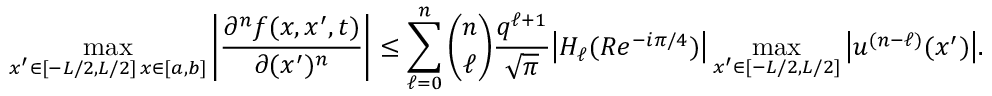
\operatorname* { m a x } _ { \substack { x ^ { \prime } \in [ - L / 2 , L / 2 ] \, x \in [ a , b ] } } \bigg | \frac { \partial ^ { n } f ( x , x ^ { \prime } , t ) } { \partial ( x ^ { \prime } ) ^ { n } } \bigg | \leq \sum _ { \ell = 0 } ^ { n } \binom { n } { \ell } \frac { q ^ { \ell + 1 } } { \sqrt { \pi } } \big | H _ { \ell } ( R e ^ { - i \pi / 4 } ) \big | \operatorname* { m a x } _ { x ^ { \prime } \in [ - L / 2 , L / 2 ] } \big | u ^ { ( n - \ell ) } ( x ^ { \prime } ) \big | .